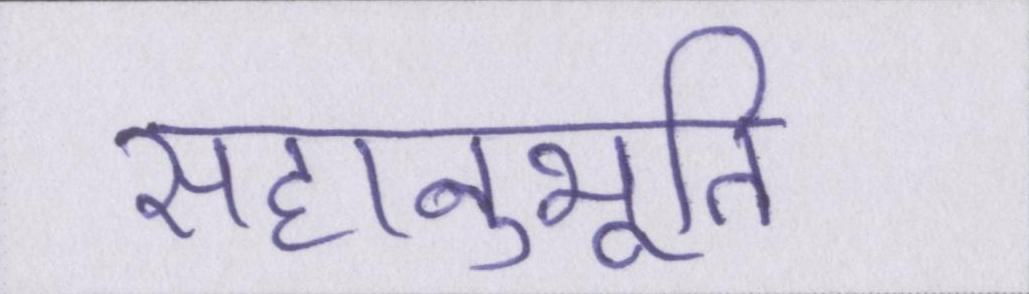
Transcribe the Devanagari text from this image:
सहानुभूति